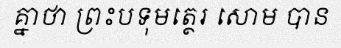
គ្នាថា ព្រះបទុមត្ថេរ សោម បាន